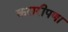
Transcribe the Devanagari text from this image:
करारीपणा